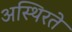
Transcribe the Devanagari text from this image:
अस्थिरते